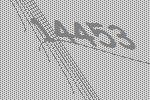
14453